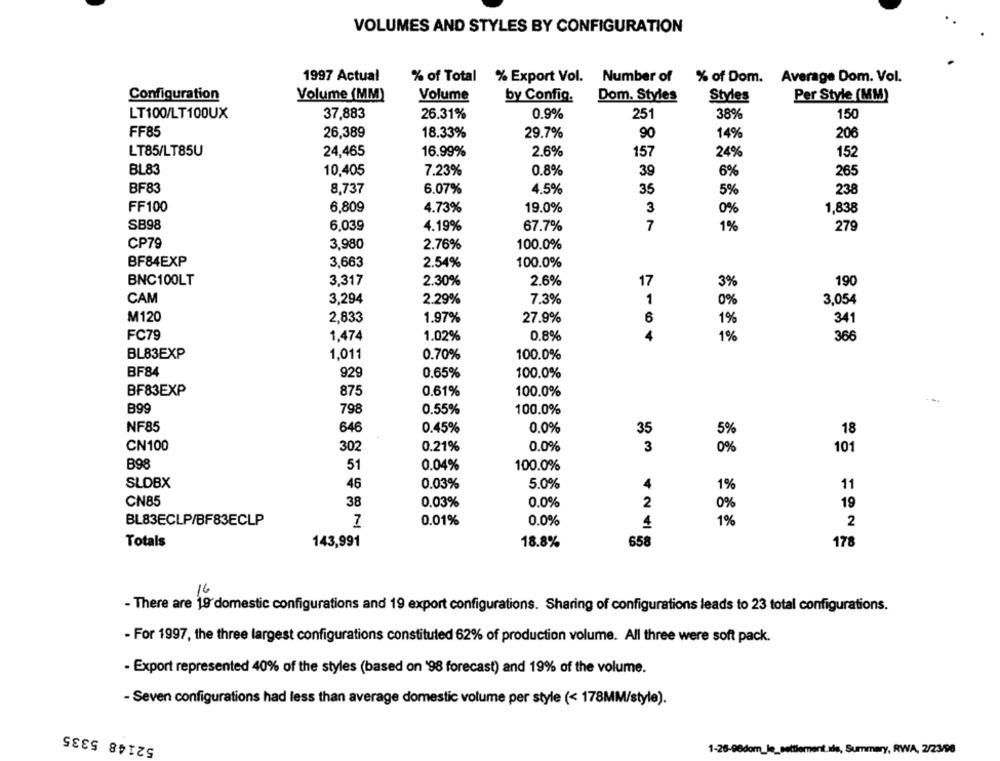
VOLUMES AND STYLES BY CONFIGURATION
1997 Actual
% of Total % Export Vol.
Number of
% of Dom.
Average Dom. Vol.
Configuration
Volume (MM)
Volume
by Config.
Dom. Styles
Styles
Per Style (MM)
LT100/LT100UX
37,883
26.31%
0.9%
251
150
38%
FF85
26,389
18.33%
29.7%
90
14%
206
LT85/LT85U
24,465
16.99%
2.6%
157
24%
152
BL83
10,405
7.23%
0.8%
39
6%
265
BF83
8,737
6.07%
4.5%
35
5%
238
3
FF100
6.809
4.73%
19.0%
0%
1,838
SB98
6,03g
4.19%
67.7%
7
1%
279
CP79
3,980
2.76%
100.0%
BF84EXP
3,663
2.54%
100.0%
BNC100LT
3,317
2.6%
17
2.30%
3%
190
CAM
3.294
2.29%
7.3%
1
0%
3,054
M120
2,833
1.97%
27.9%
6
1%
341
FC79
1,474
1.02%
0.8%
1%
366
BL83EXP
1,011
0.70%
100.0%
BF84
0.65%
100.0%
92
BF83EXP
875
0.61%
100.0%
B99
798
0.55%
100.0%
NF85
646
0.45%
0.0%
35
5%
18
CN100
302
0.21%
0.0%
3
0%
101
B98
100.0%
51
0.04%
SLDBX
46
0.03%
5.0%
4
1%
11
CN85
38
0.03%
0.0%
2
0%
19
BL83ECLP/BF83ECLP
0.01%
0.0%
4
1%
2
Totals
143,991
18.8%
658
178
16
- There are 19'domestic configurations and 19 export configurations. Sharing of configurations leads to 23 total configurations.
- For 1997, the three largest configurations constituted 62% of production volume. All three were soft pack.
- Export represented 40% of the styles (based on '98 forecast) and 19% of the volume.
- Seven configurations had less than average domestic volume per style (< 178MM/style).
52148 5335
1-26-08dom_le_settlement.ale, Summary, RWA, 2/23/98